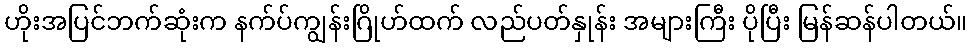
ဟိုးအပြင်ဘက်ဆုံးက နက်ပ်ကျွန်းဂြိုဟ်ထက် လည်ပတ်နှုန်း အများကြီး ပိုပြီး မြန်ဆန်ပါတယ်။